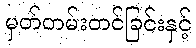
မှတ်တမ်းတင်ခြင်းနှင့်